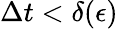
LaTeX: \Delta t<\delta(\epsilon)